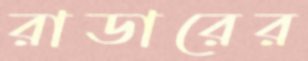
রাডারের